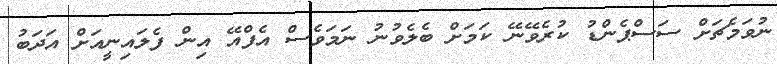
ނުވަމެޗަށް ސަސްޕެންޑު ކުރެވޭނޭ ކަމަށް ބެލެވުނު ނަމަވެސް އެފްއޭ އިން ފެލައިނީއަށް އަދަބު